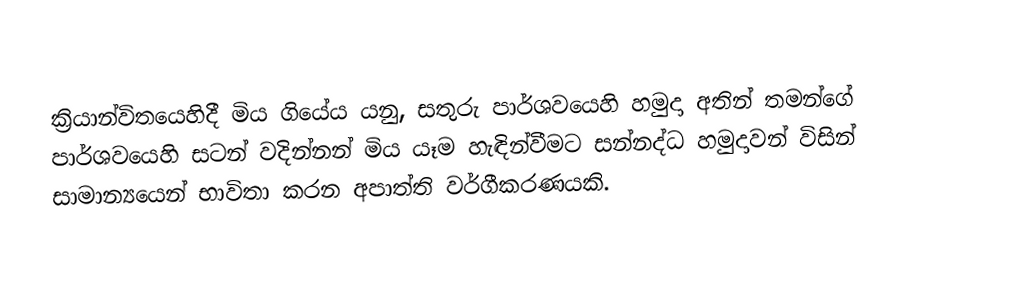
ක්‍රියාන්විතයෙහිදී මිය ගියේය යනු, සතුරු පාර්ශවයෙහි හමුදා අතින් තමන්ගේ පාර්ශවයෙහි සටන් වදින්නන් මිය යෑම හැඳින්වීමට සන්නද්ධ හමුදාවන් විසින් සාමාන්‍යයෙන් භාවිතා කරන  අපාත්ති වර්ගීකරණයකි.